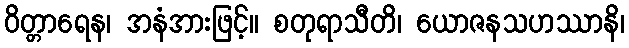
ဝိတ္တာရေန၊ အနံအားဖြင့်။ စတုရာသီတိ၊ ယောဇနသဟဿာနိ၊